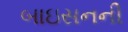
બાઇસનની